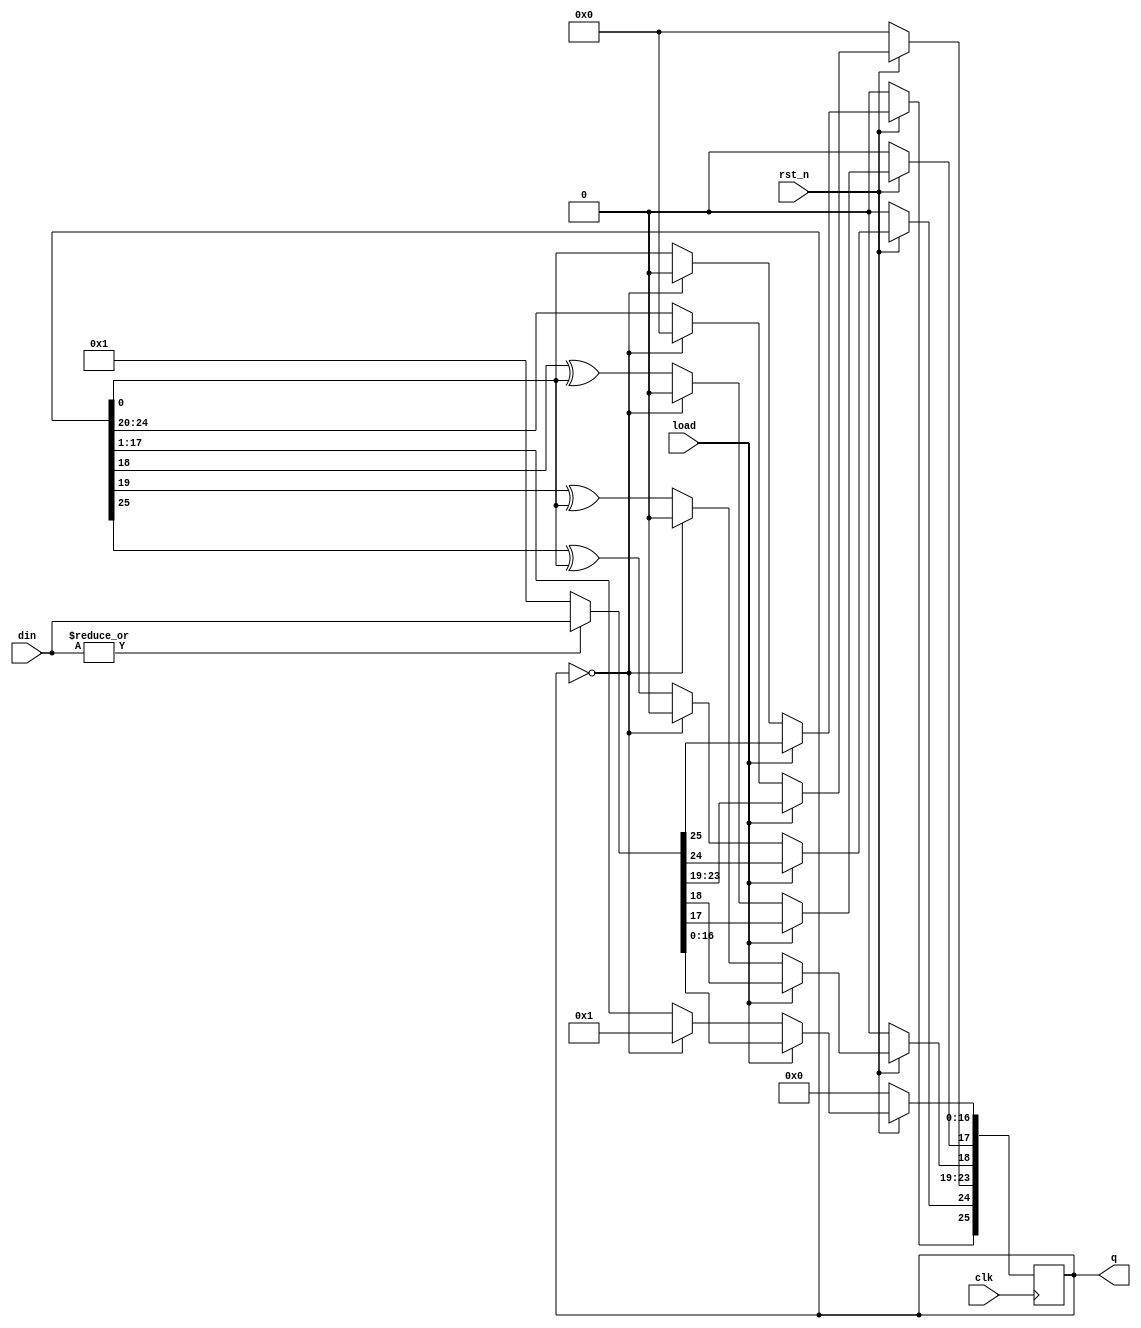

`timescale 1 ns / 1 ns

module LFSR(output reg [1:26] q, // 26 bit data output.
            input clk,           // Clock input.
            input rst_n,         // Synchronous reset input.
            input load,          // Synchronous load input.
            input [1:26] din     // 26 bit parallel data input.
            );
  always @( posedge clk ) begin
    if ( ~rst_n )
      q <= 26'b0;
    else begin
      if (load)
        q <= (|din) ? din : 26'b1;
      else begin
        if ( q == 26'b0 )
          q <= 26'b1;
        else begin
          q[9:26] <= q[8:25];
          q[9] <= q[8] ^ q[26];
          q[8] <= q[7] ^ q[26];
          q[3:7] <= q[2:6];
          q[2] <= q[1] ^ q[26];
          q[1] <= q[26];
        end
      end
    end
  end
endmodule